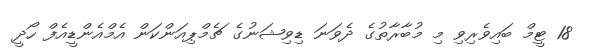
18 ޓީމް ބައިވެރިވި މި މުބާރާތުގެ ދެވަނަ ޑިވިޝަނުގެ ޗެމްޕިއަންކަން އެމްއެންޑީއެފް ހޯދީ